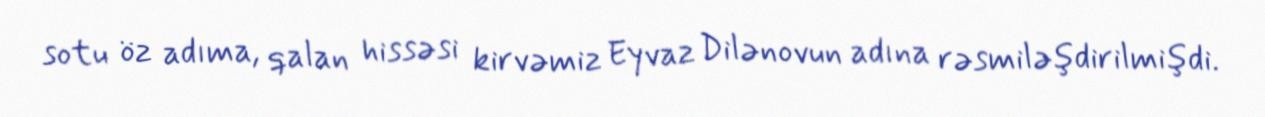
sotu öz adıma, qalan hissəsi kirvəmiz Eyvaz Dilənovun adına rəsmiləşdirilmişdi.